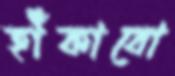
হাঁকাবো